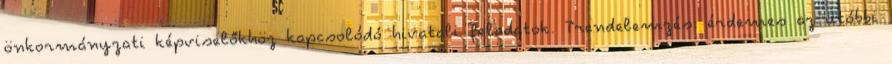
önkormányzati képviselőkhöz kapcsolódó hivatali feladatok. Trendelemzés: érdemes az utóbbi